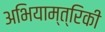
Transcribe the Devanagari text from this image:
अभियाम्त्रिकी